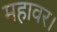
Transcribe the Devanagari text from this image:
महावर।